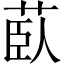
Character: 𦱽